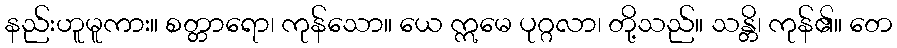
နည်းဟူမူကား။ စတ္တာရော၊ ကုန်သော။ ယေ ဣမေ ပုဂ္ဂလာ၊ တို့သည်။ သန္တိ၊ ကုန်၏။ တေ